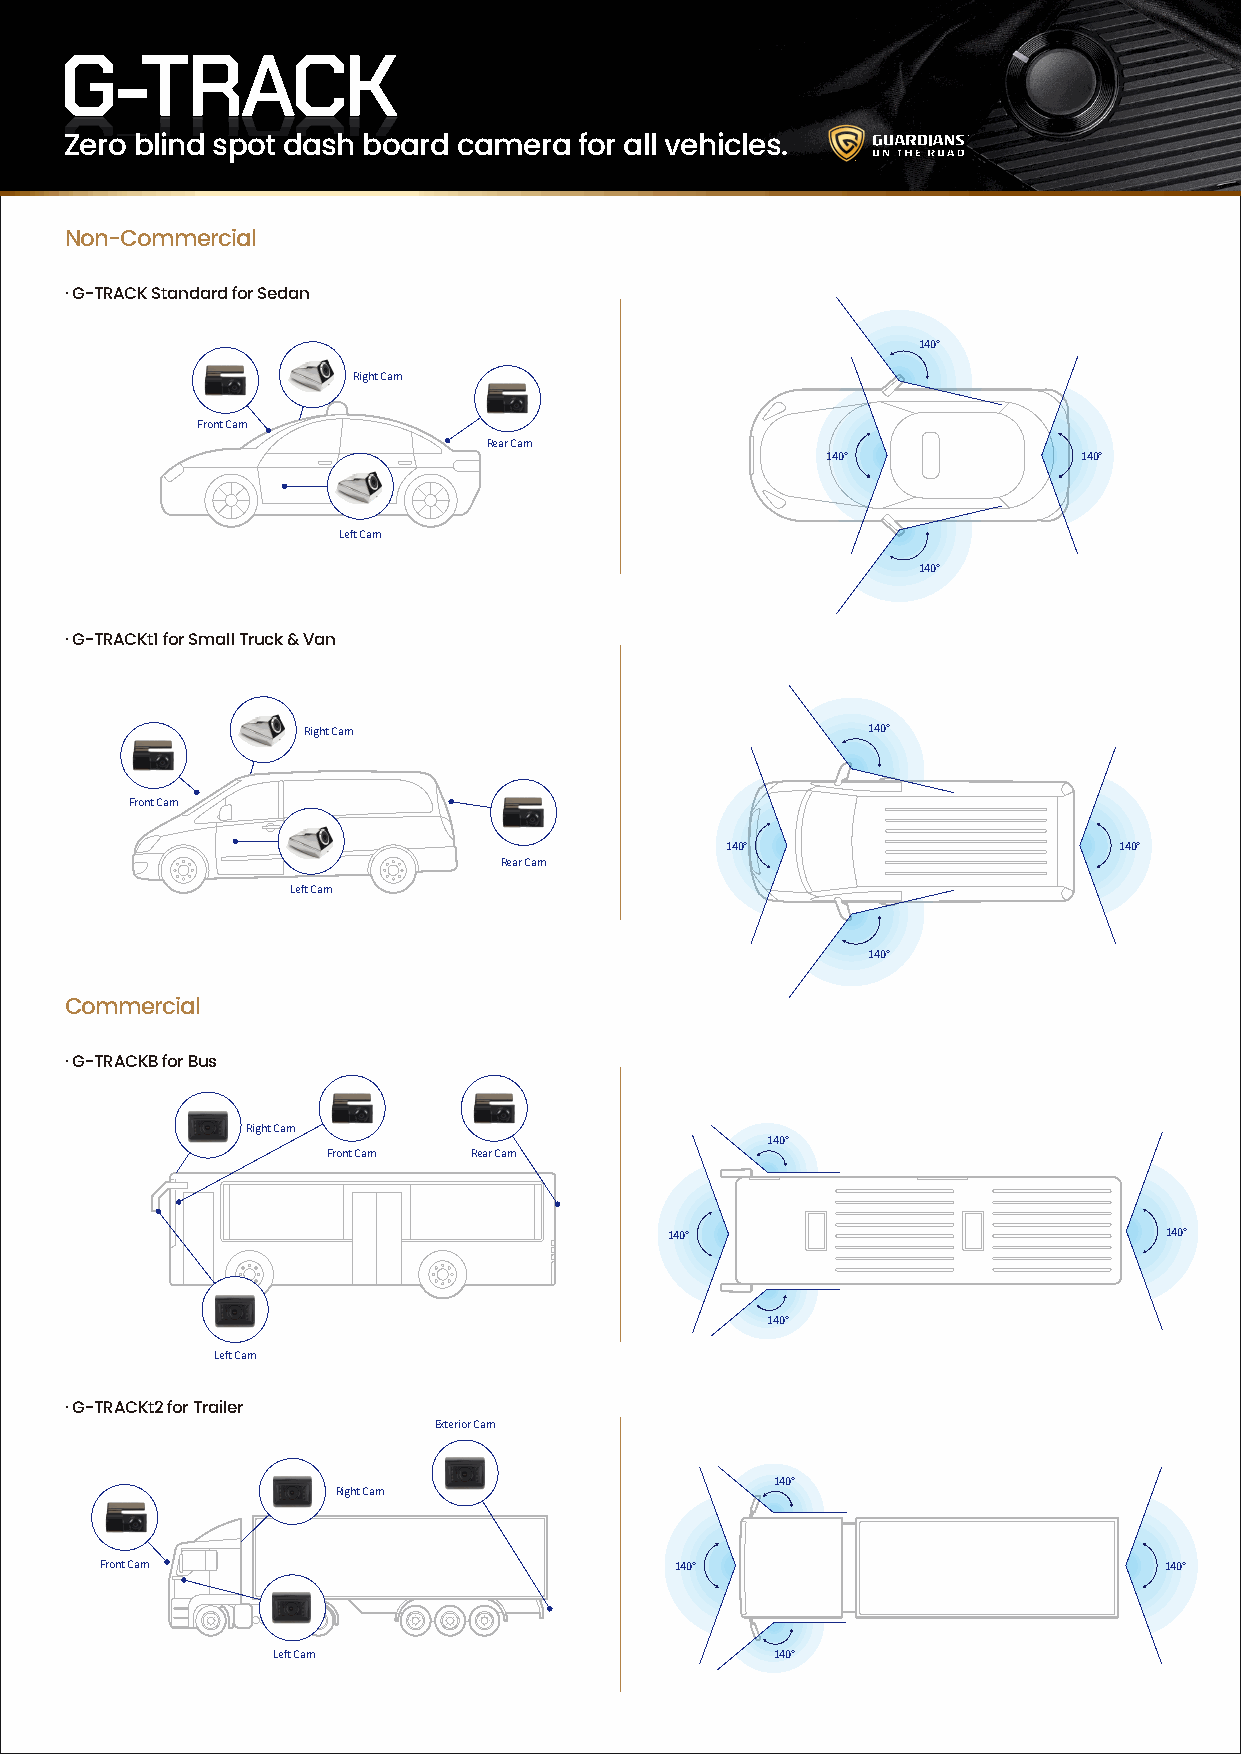
G-TRACK
 Zero blind spot dash board camera for all vehicles.
 Non-Commercial
 . G-TRACK Standard for Sedan
 140°
 Right Cam
 Front Cam
 Rear Cam
 140°             140°
 Left Cam
 140°
 . G-TRACKt1 for Small Truck & Van
 Right Cam                            140°
 Front Cam
 140°                      140°
 Rear Cam
 Left Cam
 140°
 Commercial
 . G-TRACKB for Bus
 Right Cam
 140°
 Front Cam Rear Cam
 140°                             140°
 140°
 Left Cam
 . G-TRACKt2 for Trailer
 Exterior Cam
 140°
 Right Cam
 Front Cam                             140°                            140°
 Left Cam                         140°